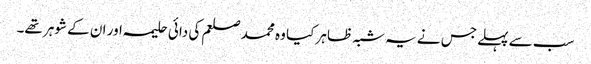
سب سے پہلے جس نے یہ شبہ ظاہر کیا وہ محمد صلعم کی دائی حلیمہ اور ان کے شوہر تھے۔